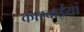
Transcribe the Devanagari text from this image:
कारवाईयां